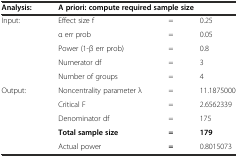
<table><thead><tr><td><b>Analysis:</b></td><td colspan="3"><b>A priori: compute required sample size</b></td></tr></thead><tbody><tr><td>Input:</td><td>Effect size f</td><td>=</td><td>0.25</td></tr><tr><td></td><td>α err prob</td><td>=</td><td>0.05</td></tr><tr><td></td><td>Power (1-β err prob)</td><td>=</td><td>0.8</td></tr><tr><td></td><td>Numerator df</td><td>=</td><td>3</td></tr><tr><td></td><td>Number of groups</td><td>=</td><td>4</td></tr><tr><td>Output:</td><td>Noncentrality parameter λ</td><td>=</td><td>11.1875000</td></tr><tr><td></td><td>Critical F</td><td>=</td><td>2.6562339</td></tr><tr><td></td><td>Denominator df</td><td>=</td><td>175</td></tr><tr><td></td><td><b>Total sample size</b></td><td><b>=</b></td><td><b>179</b></td></tr><tr><td></td><td>Actual power</td><td><b>=</b></td><td>0.8015073</td></tr></tbody></table>